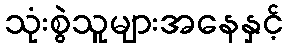
သုံးစွဲသူများအနေနှင့်